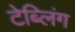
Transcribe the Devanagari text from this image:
टेब्लिंग